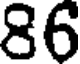
86